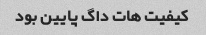
کیفیت هات داگ پایین بود